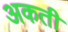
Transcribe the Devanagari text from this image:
अकती